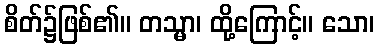
စိတ်၌ဖြစ်၏။ တသ္မာ၊ ထို့ကြောင့်။ သော၊